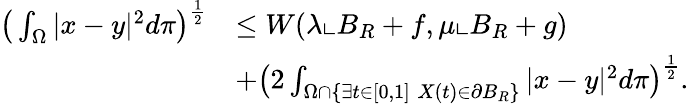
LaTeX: \begin{array}{rl}{\big(\int_{\Omega}|x-y|^{2}d\pi\big)^{\frac{1}{2}}}&{\le W(\lambda\llcorner B_{R}+f,\mu\llcorner B_{R}+g)}\\ &{+\big(2\int_{\Omega\cap{\{ \exists t\in[0,1]\; X(t)\in\partial B_{R}\} }}|x-y|^{2}d\pi\big)^{\frac{1}{2}}.}\end{array}